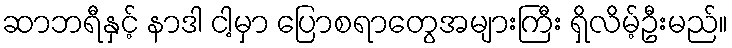
ဆာဘရီနှင့် နာဒါ ငါ့မှာ ပြောစရာတွေအများကြီး ရှိလိမ့်ဦးမည်။